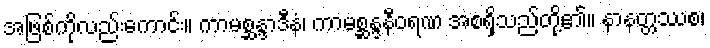
အဖြစ်ကိုလည်းကောင်း။ ကာမစ္ဆန္ဒာဒီနံ၊ ကာမစ္ဆန္ဒနီဝရဏ အစရှိသည်တို့၏။ နာနတ္တဿစ၊